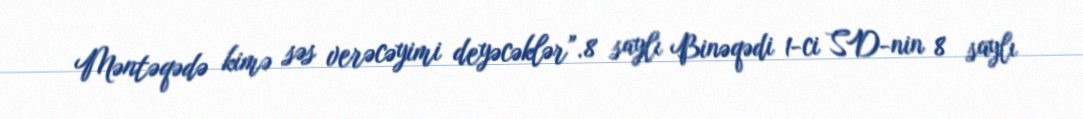
Məntəqədə kimə səs verəcəyimi deyəcəklər”.8 saylı Binəqədi 1-ci SD-nin 8 saylı